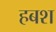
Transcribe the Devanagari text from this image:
हबश